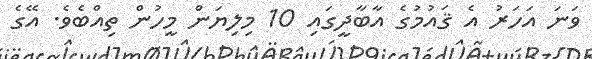
ވަނަ އަހަރު އެ ޤައުމުގެ އާބާދީގައި 10 މިލިޔަން މީހުން ތިއްބެވެ. އޭގެ